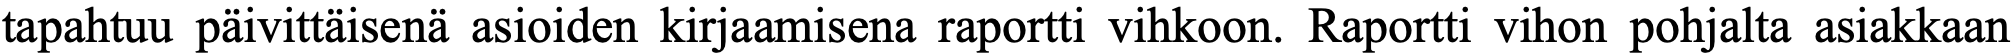
tapahtuu päivittäisenä asioiden kirjaamisena raportti vihkoon. Raportti vihon pohjalta asiakkaan